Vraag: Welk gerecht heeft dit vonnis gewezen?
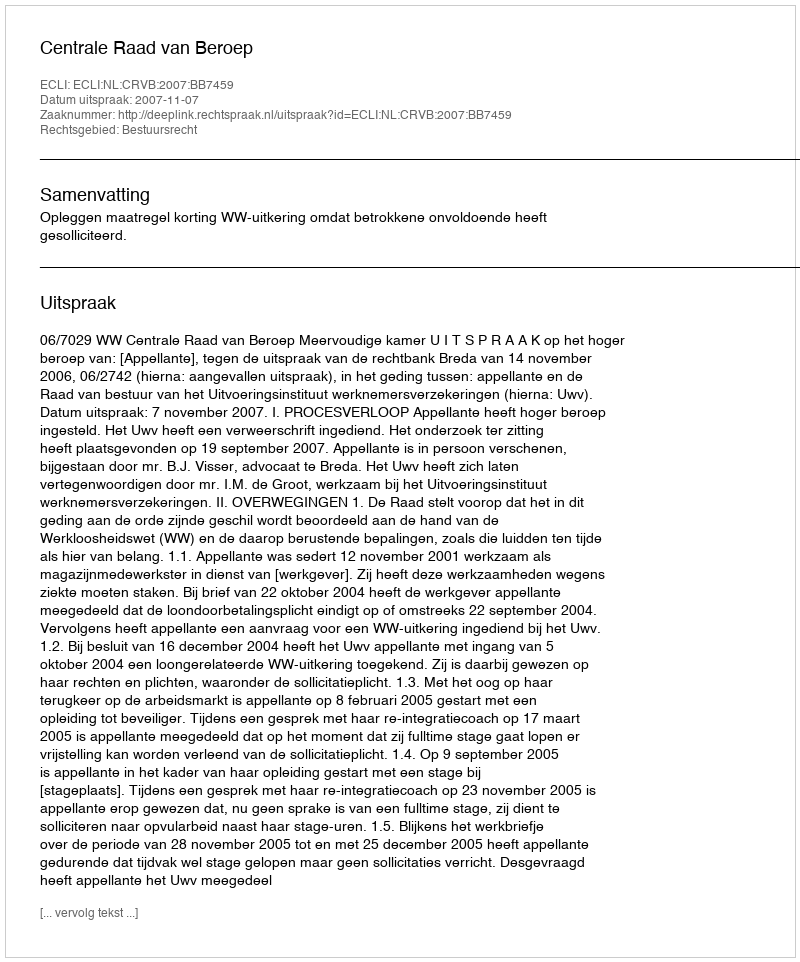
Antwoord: Centrale Raad van Beroep